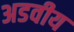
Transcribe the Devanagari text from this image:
अडवीय